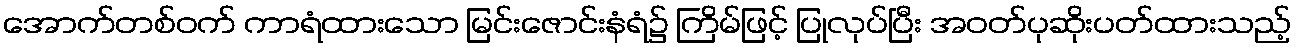
အောက်တစ်ဝက် ကာရံထားသော မြင်းဇောင်းနံရံ၌ ကြိမ်ဖြင့် ပြုလုပ်ပြီး အဝတ်ပုဆိုးပတ်ထားသည့်